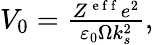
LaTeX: \begin{array}{r}{V_{0}=\frac{Z^{\mathrm{~e~f~f~}}e^{2}}{\varepsilon_{0}\Omega k_{s}^{2}},}\end{array}